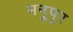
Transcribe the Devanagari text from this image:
मनुपूर